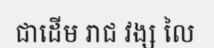
ជាដើម រាជ វង្ស លៃ